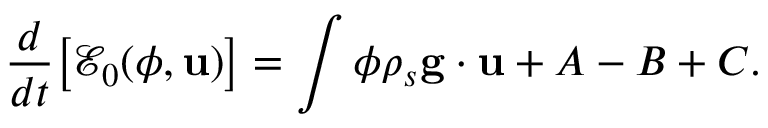
\frac { d } { d t } \big [ \mathcal E _ { 0 } ( \phi , { \bf u } ) \big ] = \int \phi \rho _ { s } { \bf g } \cdot { \bf u } + A - B + C .